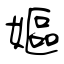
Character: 嫗